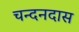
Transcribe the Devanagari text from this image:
चन्दनदास